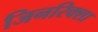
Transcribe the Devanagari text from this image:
जिनरिक्शा